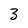
Character: 3